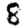
Digit: 8